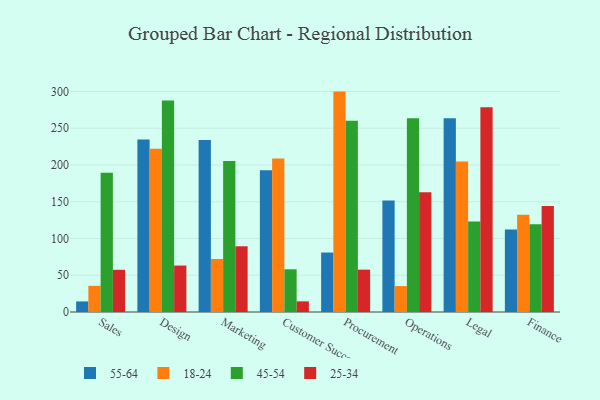
{"axis": {"x": "Department", "y": "Net Income (USD K)"}, "legend": ["18-24", "25-34", "45-54", "55-64"], "data": [{"x": "Sales", "y": 14.4, "type": "55-64"}, {"x": "Sales", "y": 35.6, "type": "18-24"}, {"x": "Sales", "y": 189.6, "type": "45-54"}, {"x": "Sales", "y": 57.4, "type": "25-34"}, {"x": "Design", "y": 234.8, "type": "55-64"}, {"x": "Design", "y": 222.3, "type": "18-24"}, {"x": "Design", "y": 287.8, "type": "45-54"}, {"x": "Design", "y": 63.2, "type": "25-34"}, {"x": "Marketing", "y": 233.9, "type": "55-64"}, {"x": "Marketing", "y": 72.1, "type": "18-24"}, {"x": "Marketing", "y": 205.5, "type": "45-54"}, {"x": "Marketing", "y": 89.6, "type": "25-34"}, {"x": "Customer Success", "y": 192.8, "type": "55-64"}, {"x": "Customer Success", "y": 208.9, "type": "18-24"}, {"x": "Customer Success", "y": 58.1, "type": "45-54"}, {"x": "Customer Success", "y": 14.5, "type": "25-34"}, {"x": "Procurement", "y": 80.9, "type": "55-64"}, {"x": "Procurement", "y": 299.9, "type": "18-24"}, {"x": "Procurement", "y": 260.2, "type": "45-54"}, {"x": "Procurement", "y": 57.6, "type": "25-34"}, {"x": "Operations", "y": 151.7, "type": "55-64"}, {"x": "Operations", "y": 35.3, "type": "18-24"}, {"x": "Operations", "y": 263.8, "type": "45-54"}, {"x": "Operations", "y": 162.9, "type": "25-34"}, {"x": "Legal", "y": 263.8, "type": "55-64"}, {"x": "Legal", "y": 204.8, "type": "18-24"}, {"x": "Legal", "y": 123.3, "type": "45-54"}, {"x": "Legal", "y": 278.5, "type": "25-34"}, {"x": "Finance", "y": 112.4, "type": "55-64"}, {"x": "Finance", "y": 132.3, "type": "18-24"}, {"x": "Finance", "y": 119.5, "type": "45-54"}, {"x": "Finance", "y": 144.2, "type": "25-34"}]}